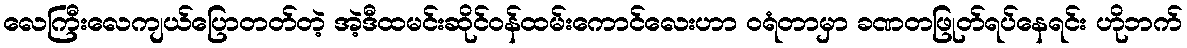
လေကြီးလေကျယ်ပြောတတ်တဲ့ အဲ့ဒီထမင်းဆိုင်ဝန်ထမ်းကောင်လေးဟာ ဝရံတာမှာ ခဏတဖြုတ်ရပ်နေရင်း ဟိုဘက်